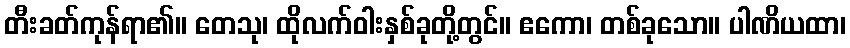
တီးခတ်ကုန်ရာ၏။ တေသု၊ ထိုလက်ဝါးနှစ်ခုတို့တွင်။ ဧကော၊ တစ်ခုသော။ ပါဏိယထာ၊